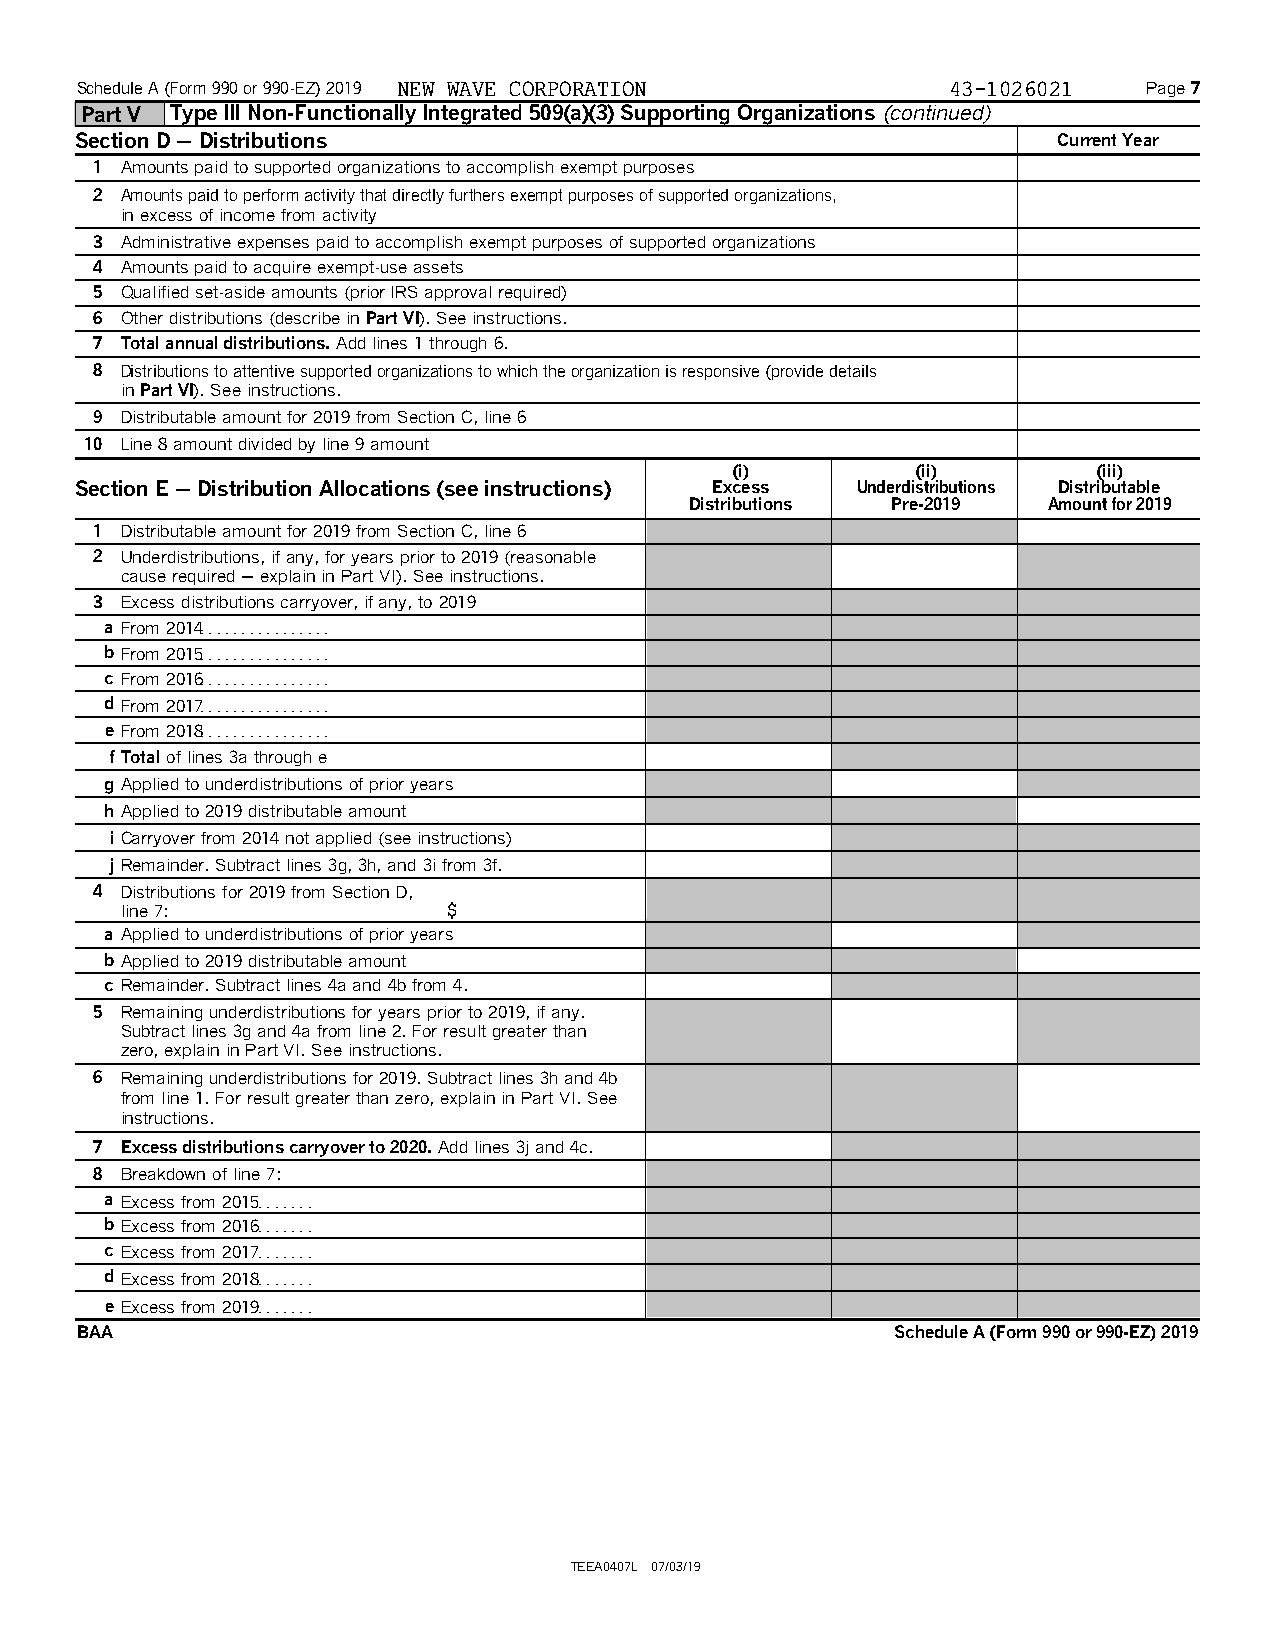
Schedule A (Form 990 or 990-EZ) 2019 NEW WAVE CORPORATION 43-1026021   Page 7
 Part V Type III Non-Functionally Integrated 509(a)(3) Supporting Organizations (continued)
 Section D 'Distributions                                         Current Year
 1 Amounts paid to supported organizations to accomplish exempt purposes
 2 Amounts paid to perform activity that directly furthers exempt purposes of supported organizations,
 in excess of income from activity
 3 Administrative expenses paid to accomplish exempt purposes of supported organizations
 4 Amounts paid to acquire exempt-use assets
 5 Qualified set-aside amounts (prior IRS approval required)
 6 Other distributions (describe in Part VI). See instructions.
 7 Total annual distributions.Add lines 1 through 6.
 8 Distributions to attentive supported organizations to which the organization is responsive (provide details
 in Part VI). See instructions.
 9 Distributable amount for 2019 from Section C, line 6
 10 Line 8 amount divided by line 9 amount
 (i)         (ii)        (iii)
 Section E 'Distribution Allocations (see instructions) Excess Underdistributions Distributable
 Distributions Pre-2019 Amount for 2019
 1 Distributable amount for 2019 from Section C, line 6
 2 Underdistributions, if any, for years prior to 2019 (reasonable
 cause required ' explain in Part VI). See instructions.
 3 Excess distributions carryover, if any, to 2019
 a From 2014. . . . . . . . . . . . . . . .
 bFrom 2015. . . . . . . . . . . . . . . .
 c From 2016. . . . . . . . . . . . . . . .
 dFrom 2017. . . . . . . . . . . . . . . .
 eFrom 2018. . . . . . . . . . . . . . . .
 fTotalof lines 3a through e
 gApplied to underdistributions of prior years
 hApplied to 2019 distributable amount
 iCarryover from 2014 not applied (see instructions)
 jRemainder. Subtract lines 3g, 3h, and 3i from 3f.
 4 Distributions for 2019 from Section D,
 line 7:               $
 a Applied to underdistributions of prior years
 bApplied to 2019 distributable amount
 c Remainder. Subtract lines 4a and 4b from 4.
 5 Remaining underdistributions for years prior to 2019, if any.
 Subtract lines 3g and 4a from line 2. For result greater than
 zero, explain in Part VI. See instructions.
 6 Remaining underdistributions for 2019. Subtract lines 3h and 4b
 from line 1. For result greater than zero, explain in Part VI. See
 instructions.
 7 Excess distributions carryover to 2020.Add lines 3j and 4c.
 8 Breakdown of line 7:
 a Excess from 2015. . . . . . .
 bExcess from 2016. . . . . . .
 c Excess from 2017. . . . . . .
 dExcess from 2018. . . . . . .
 eExcess from 2019. . . . . . .
 BAA                                                   Schedule A (Form 990 or 990-EZ) 2019
 TEEA0407L 07/03/19